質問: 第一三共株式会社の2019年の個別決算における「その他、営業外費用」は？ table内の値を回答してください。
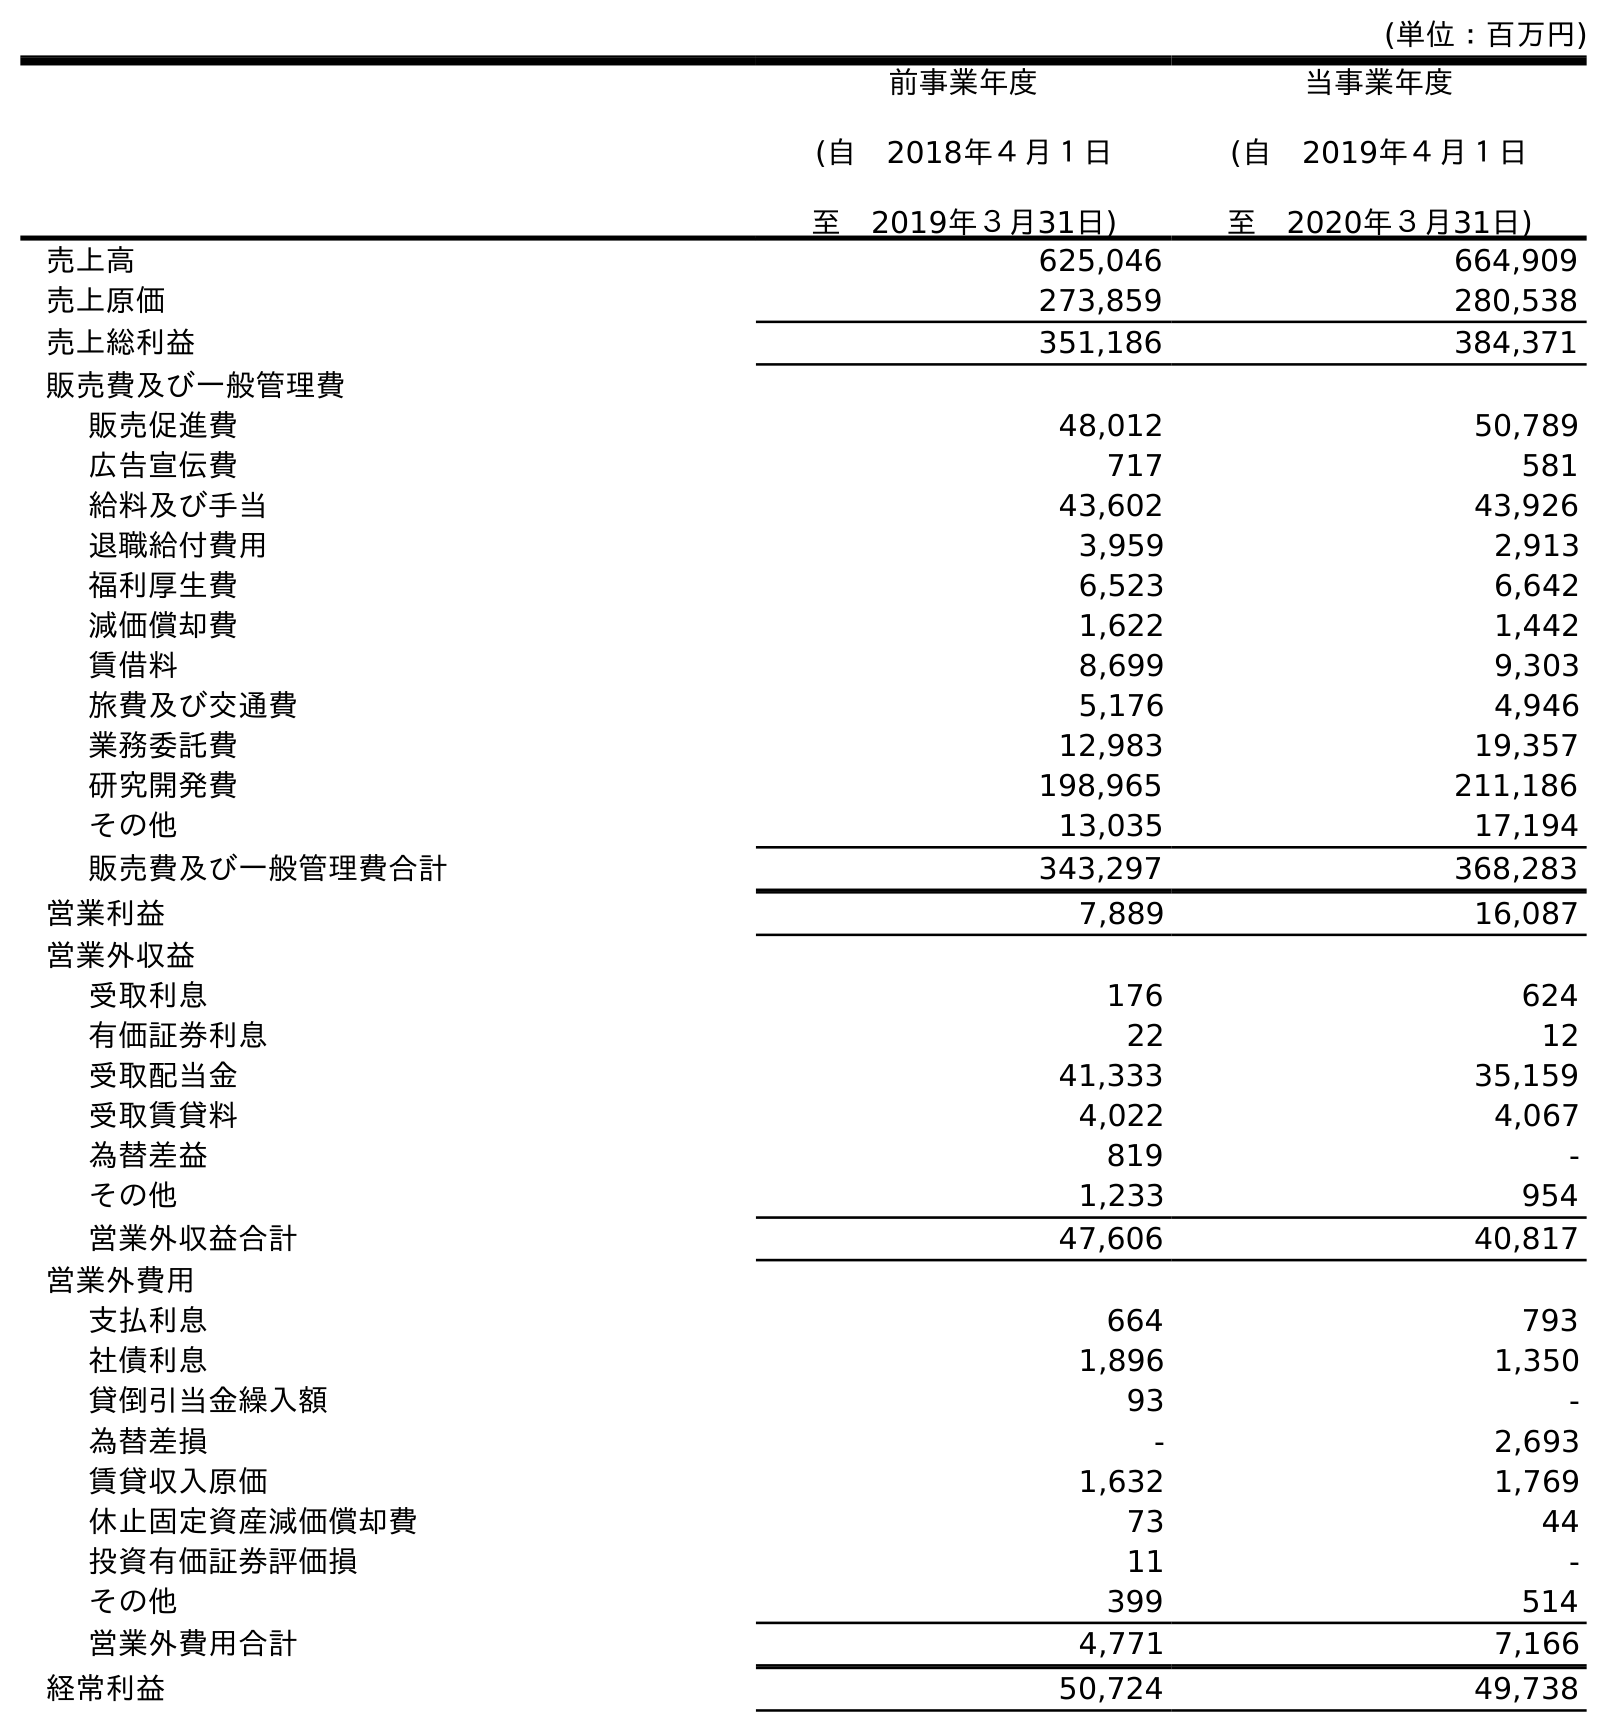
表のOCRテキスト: (単位：百万円) 前事業年度 (自 2018年４月１日 至 2019年３月31日) 当事業年度 (自 2019年４月１日 至 2020年３月31日) 売上高 625,046 664,909 売上原価 273,859 280,538 売上総利益 351,186 384,371 販売費及び一般管理費 販売促進費 48,012 50,789 広告宣伝費 717 581 給料及び手当 43,602 43,926 退職給付費用 3,959 2,913 福利厚生費 6,523 6,642 減価償却費 1,622 1,442 賃借料 8,699 9,303 旅費及び交通費 5,176 4,946 業務委託費 12,983 19,357 研究開発費 198,965 211,186 その他 13,035 17,194 販売費及び一般管理費合計 343,297 368,283 営業利益 7,889 16,087 営業外収益 受取利息 176 624 有価証券利息 22 12 受取配当金 41,333 35,159 受取賃貸料 4,022 4,067 為替差益 819 - その他 1,233 954 営業外収益合計 47,606 40,817 営業外費用 支払利息 664 793 社債利息 1,896 1,350 貸倒引当金繰入額 93 - 為替差損 - 2,693 賃貸収入原価 1,632 1,769 休止固定資産減価償却費 73 44 投資有価証券評価損 11 - その他 399 514 営業外費用合計 4,771 7,166 経常利益 50,724 49,738
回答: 399